Burma Government Medical School reports 1923-41
Year: 1923
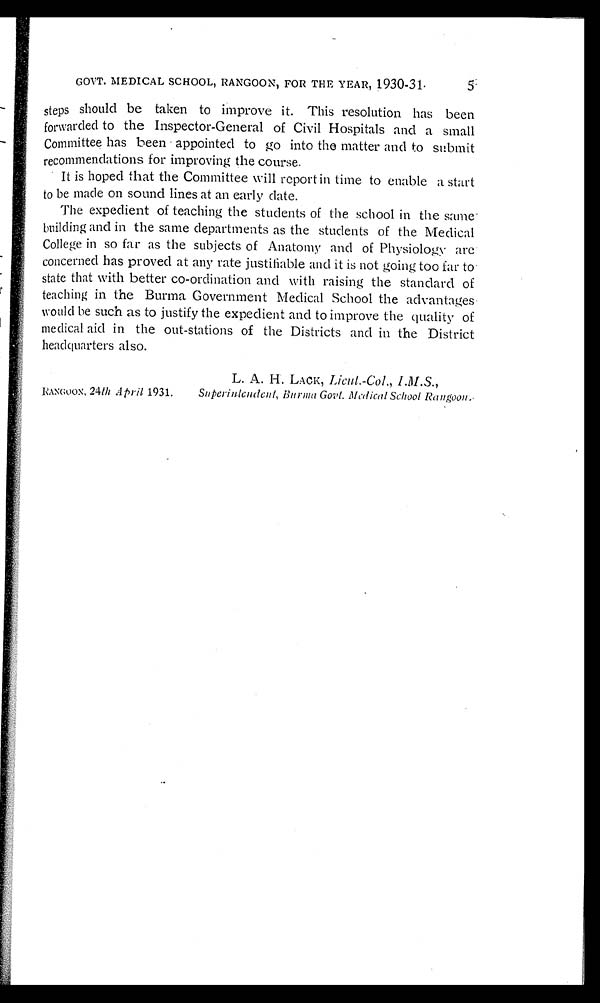
GOVT. MEDICAL SCHOOL, RANGOON, FOR THE YEAR, 1930-31.
steps should be taken to improve it. This resolution has been
forwarded to the Inspector-General of Civil Hospitals and a small
Committee has been appointed to go into the matter and to submit
recommendations for improving the course.
It is hoped that the Committee will report in time to enable a start
to be made on sound lines at an early date.
The expedient of teaching the students of the school in the same
building and in the same departments as the students of the Medical
College in so far as the subjects of Anatomy and of Physiology are-
concerned has proved at any rate justifiable and it is not going too far to
state that with better co-ordination and with raising the standard of
teaching in the Burma Government Medical School the advantages
would be such as to justify the expedient and to improve the quality of
medical aid in the out-stations of the Districts and in the District
headquarters also.
L. A. H. LACK, Licut.-Col., I.M.S.,
RANGOON, 24th April 1931.
Superintendent, Burma Govt. Medical School Rangoon.
•